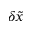
\delta \tilde { x }